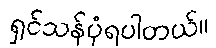
ရှင်သန်ပုံရပါတယ်။